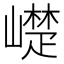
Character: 𮱰